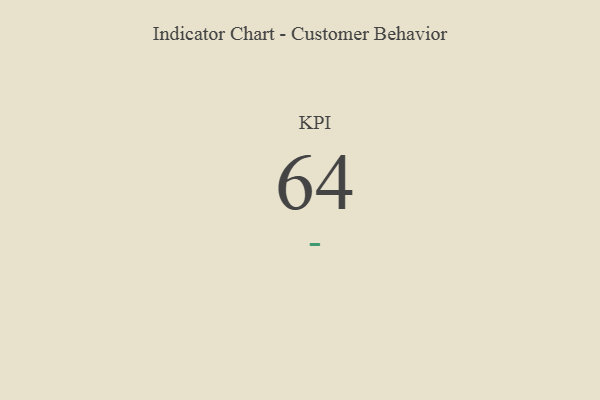
{"axis": {"x": "KPI", "y": "Value"}, "legend": [""], "data": [{"x": "KPI", "y": 64, "type": ""}]}